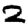
Digit: 2